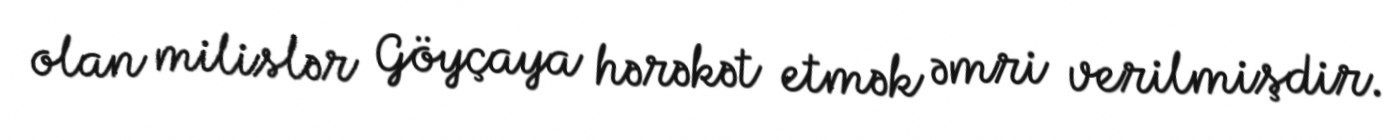
olan milislər Göyçaya hərəkət etmək əmri verilmişdir.